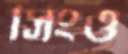
সিংও